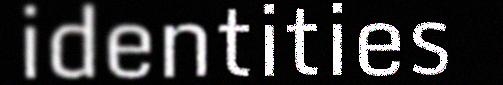
identities